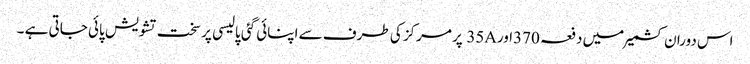
اس دوران کشمیر میں دفعہ 370اور35A پر مرکز کی طرف سے اپنائی گئی پالیسی پر سخت تشویش پائی جاتی ہے ۔